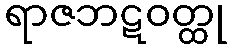
ရာဇဘဋဝတ္ထု